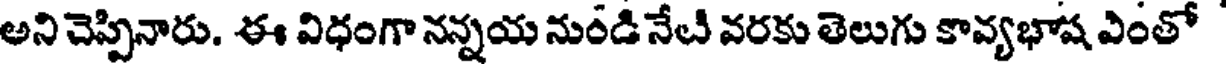
అని చెప్పినారు. ఈ విధంగా నన్నయ నుండి నేటి వరకు తెలుగు కావ్యభాష ఎంతో